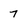
Character: 7